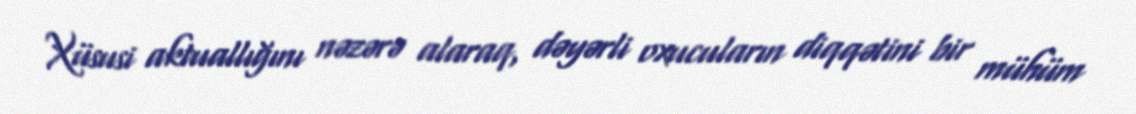
Xüsusi aktuallığını nəzərə alaraq, dəyərli oxucuların diqqətini bir mühüm